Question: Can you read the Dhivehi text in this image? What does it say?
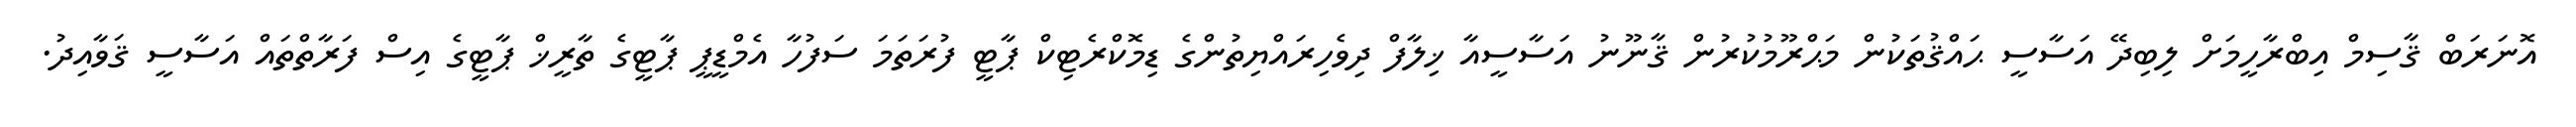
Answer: އޮނަރަބް ޤާސިމް އިބްރާހީމަށް ލިބިދޭ އަސާސީ ޙައްޤުތަކުން މަޙްރޫމުކުރުން ޤާނޫނު އަސާސީއާ ޚިލާފް ދިވެހިރައްޔިތުންގެ ޑިމޮކްރެޓިކް ޕާޓީ ފުރަތަމަ ސަފުހާ އެމްޑީޕީ ޕާޓީގެ ތާރީޚް ޕާޓީގެ އިސް ފަރާތްތައް އަސާސީ ޤަވާއިދު.